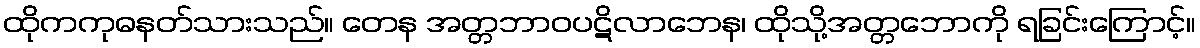
ထိုကကုဓနတ်သားသည်။ တေန အတ္တဘာဝပဋိလာဘေန၊ ထိုသို့အတ္တဘောကို ရခြင်းကြောင့်။